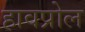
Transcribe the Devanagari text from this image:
हावप्रोल